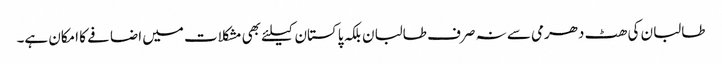
طالبان کی ھٹ دھرمی سے نہ صرف طالبان بلکہ پاکستان کیلئے بھی مشکلات میں اضافے کا امکان ہے۔